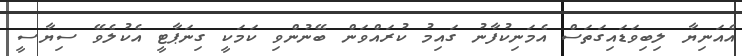
އެއަނިޔާ ލިބިވަޑައިގަތަސް އެމަނިކުފާނު ގައިމު ކުރައްވަން ބޭނުންވި ކަމަކީ ގިނަޕާޓީ އެކުލެވޭ ސިޔާސީ